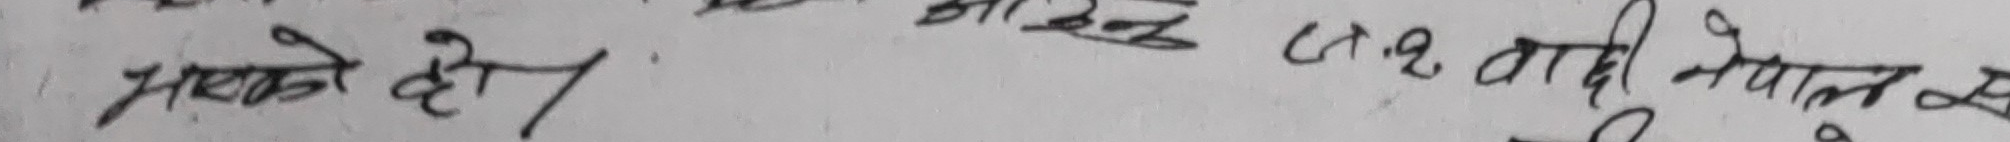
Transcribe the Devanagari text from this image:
मजाने हो।